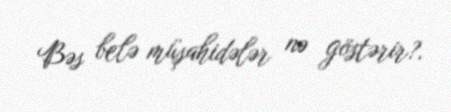
Bəs belə müşahidələr nə göstərir?.